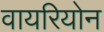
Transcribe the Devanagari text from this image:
वायरियोन